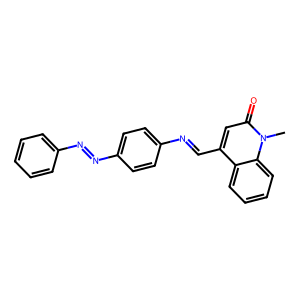
SMILES: Cn1c(=O)cc(C=Nc2ccc(N=Nc3ccccc3)cc2)c2ccccc21
Inhibits HIV replication: No